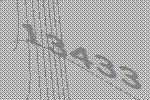
13433